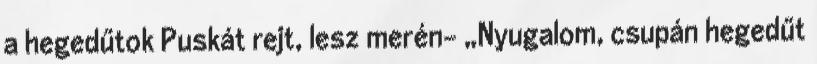
a hegedűtok Puskát rejt, lesz merén- „Nyugalom, csupán hegedűt